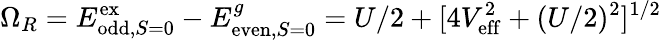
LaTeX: \Omega_{R}=E_{\mathrm{odd},S=0}^{\mathrm{ex}}-E_{\mathrm{even},S=0}^{g}=U/2+[4V_{\mathrm{eff}}^{2}+(U/2)^{2}]^{1/2}